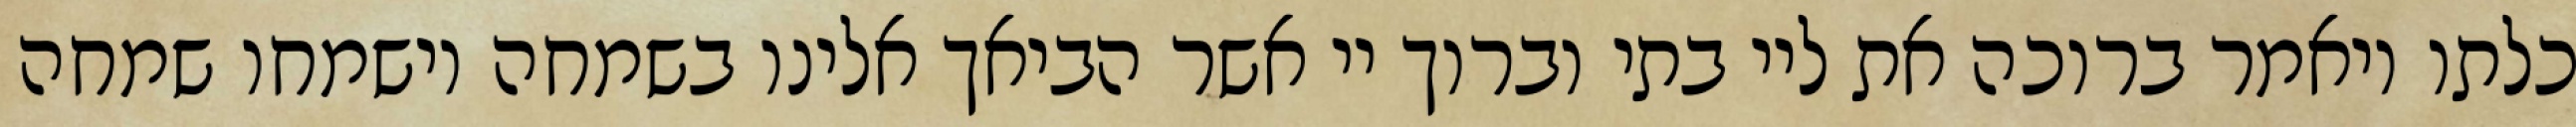
כלתו ויאמר ברוכה את ליי בתי וברוך יי אשר הביאך אלינו בשמחה וישמחו שמחה